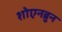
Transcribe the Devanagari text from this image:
शोएनब्रुन